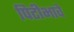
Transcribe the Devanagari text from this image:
पिटीभावे